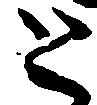
と